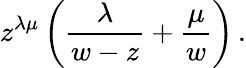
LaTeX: z^{\lambda\mu}\left({\frac{\lambda}{w-z}}+{\frac{\mu}{w}}\right)\, .